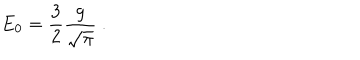
E _ { 0 } = \frac { 3 } { 2 } \frac { g } { \sqrt { \pi } } \ .